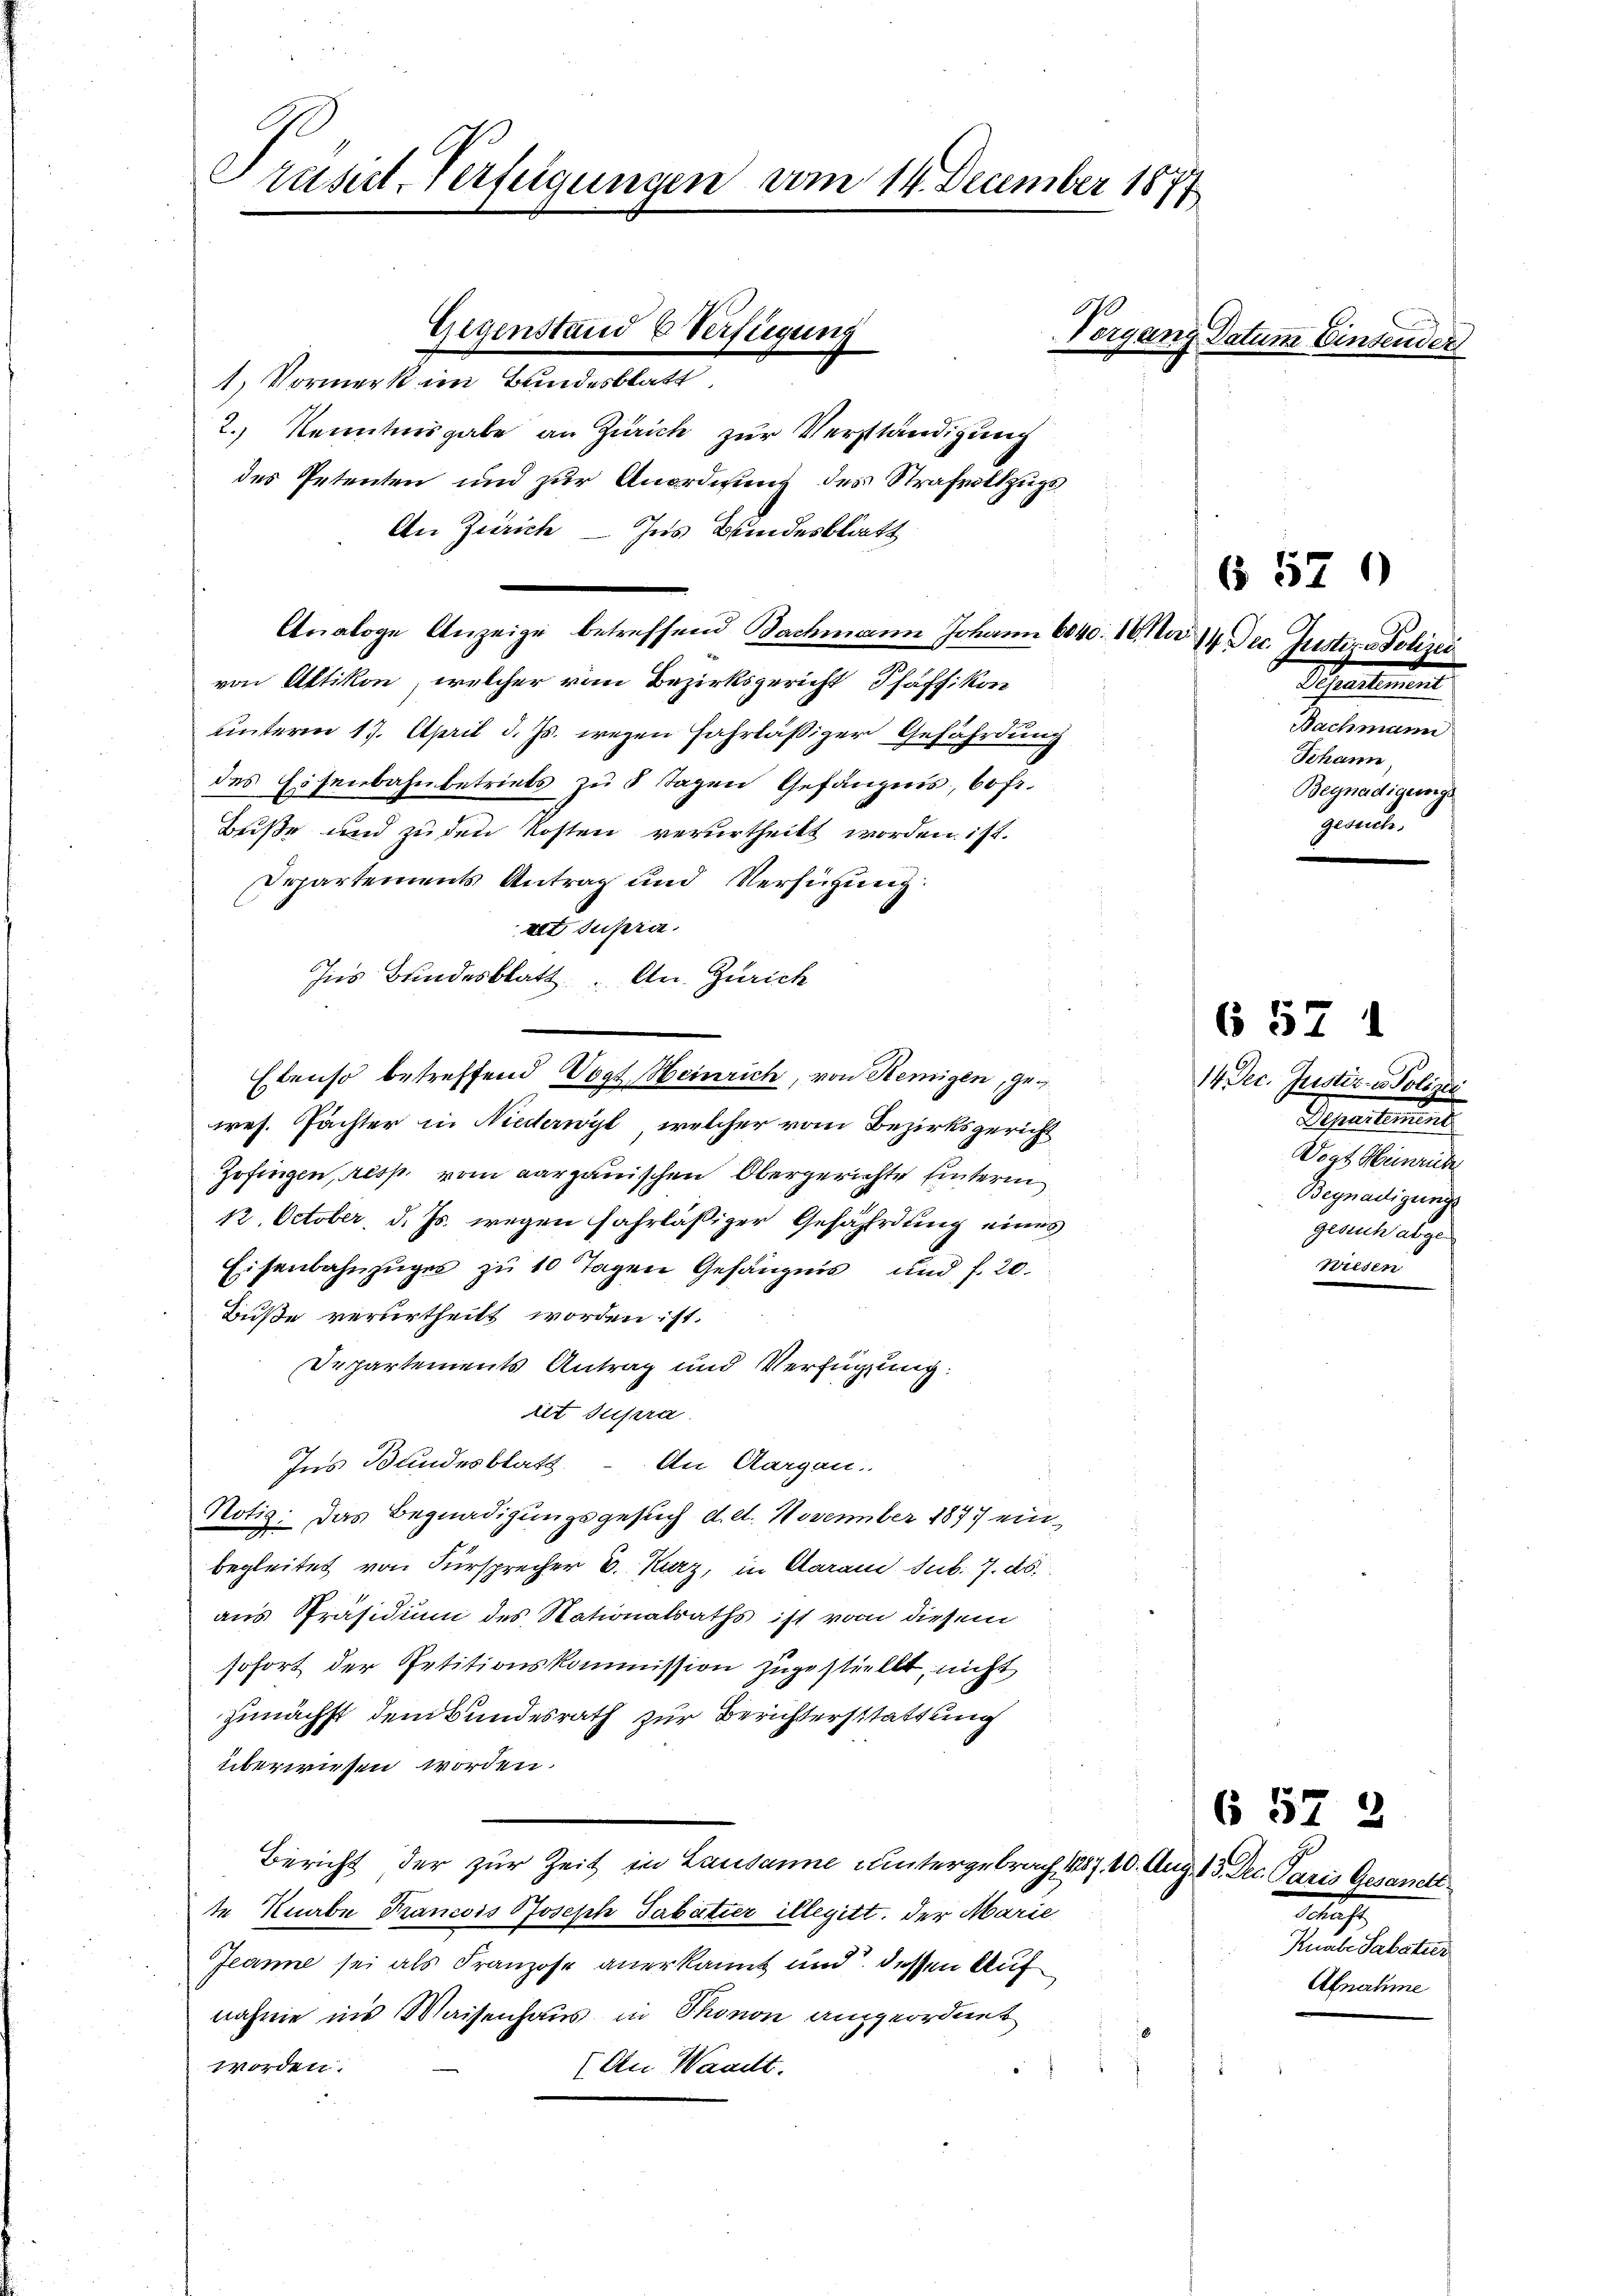
Trasat-Verfügungen vom 14. December 1877

1) Vormerk im Bundesblatt
2.) Kenntnisgabe an Zürich zur Verständigung
des Petenten und zur Anordnung des Strafvollzugs
An Zürich - Ins Bundesblatt
Analoge Anzeige betreffend Nachmann Johann 1040. 10 No 14 Dec. Justiz - Polizei
von Altikon, welcher vom Bezirksgericht Pfäffikon
unterm 17. April d. Js. wegen Fahrläßiger Gefährdung
des Eisenbahnbetriebs zu 5 Tagen Gefängnis, bofr.
Buße und zu den Kosten verurtheilt worden ist.
Departements Antrag und Verfügung
alt susern.
Ins Bundesblatt. An Zürich
res. Pächter in Niederwyl, welcher vom Bezirksgericht
Zofingen, resp. vom aargauischen Obergerichte hinterm
12. October, d. Js. wegen fahrlässiger Gefährdung eines
Eisenbahnzuges zu 10 Tagen Gefängnis und f. 20.
Buße verurtheilt worden ist.
Departements Antrag und Verfügung:
lit supra.
Ins Bundesblatt. An Aargau.
Notiz: Das Begnadigungsgesuch d. et. November 1877 ein
begleitet von Fürsprecher v. Kurz, in Daran sub. 7. ds.
aus Präsidium des Nationalraths ist von diesem
sofort der Petitionskommission zugestiellt, nicht
zunächst dem Bundesrath zur Berichterstattung
überwiesen worden.
Bericht der zur Zeit in Lausanne untergebrach 1287. 10. Aug. 13. Dec. Paris Gesandt
te Knabe Francois Joseph Sabatier illegitt. Der Marie
Jeanne sei als Franzose anerkannt und dessen Auf
nahme ins Waisenhaus in Phonon angeordnet
worden.
(An Waadt.

Gegenstand 6 Verfügung

Ebenso betreffend Vogt Heinrich, von Remigen, ge¬

Vergang Datum Einsender

6 576

657 1

14 Dec. Justiz- u. Polizei
Separtins
Dogt Heinrich
Begnadigung
gesuch abge
wiesen

657 2

Scheilun
Nachmann
Johann,
Begnadigungs
gewende

.
Knabe Sabatur.
Afnahme